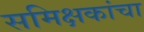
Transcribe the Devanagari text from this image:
समिक्षकांचा